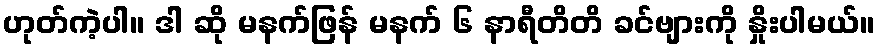
ဟုတ်ကဲ့ပါ။ ဒါ ဆို မနက်ဖြန် မနက် ၆ နာရီတိတိ ခင်ဗျားကို နှိုးပါမယ်။